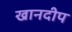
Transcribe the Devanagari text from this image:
खानदीप